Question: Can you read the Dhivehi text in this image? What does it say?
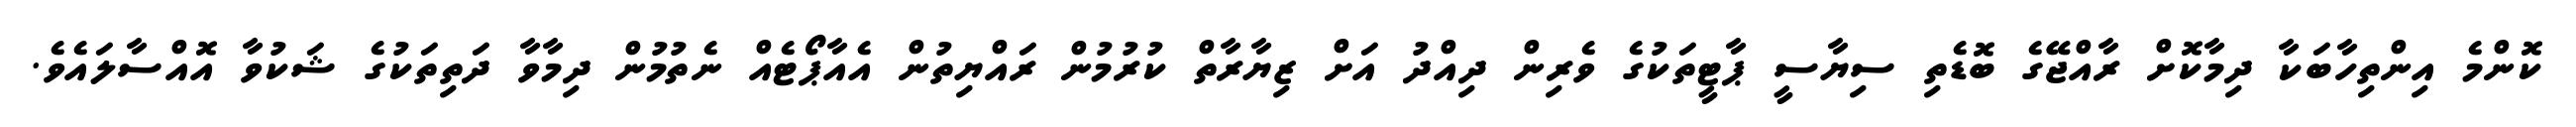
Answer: ކޮންމެ އިންތިހާބަކާ ދިމާކޮށް ރާއްޖޭގެ ބޮޑެތި ސިޔާސީ ޕާޓީތަކުގެ ވެރިން ދިއްދު އަށް ޒިޔާރާތް ކުރުމުން ރައްޔިތުން އެއާޕޯޓެއް ނެތުމުން ދިމާވާ ދަތިތަކުގެ ޝަކުވާ އޮއްސާލައެވެ.